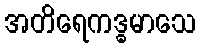
အတိရေကဒ္ဓမာသေ